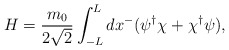
\begin{align*}H=\frac{m_0}{2\sqrt{2}}\int_{-L}^L dx^- (\psi^{\dagger}\chi+ \chi^{\dagger}\psi),\end{align*}